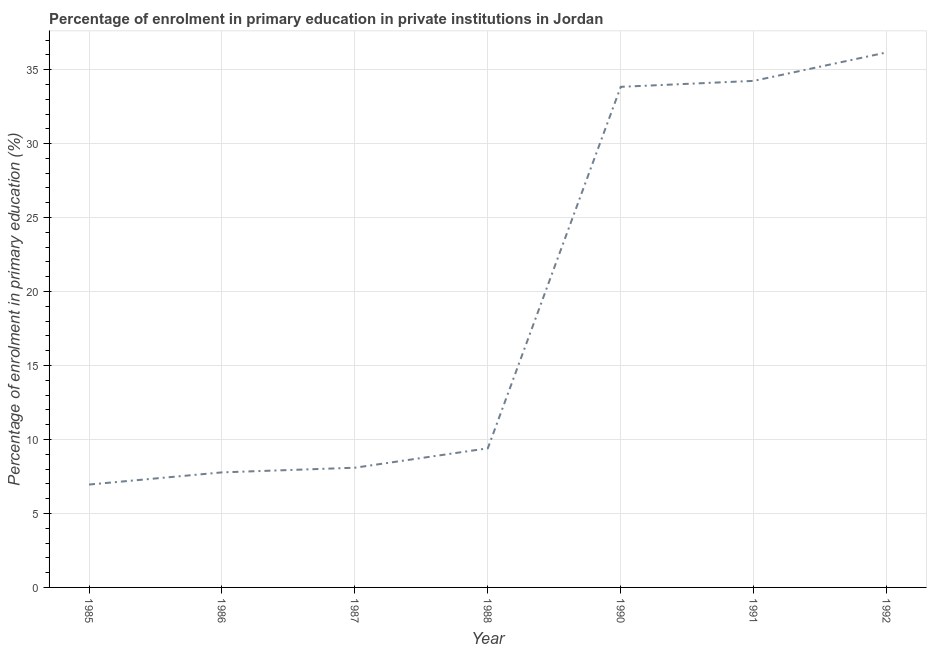
| Year | Enrolment  |
 | --- | --- |
 | 1985 | 6.95 |
 | 1986 | 7.78 |
 | 1987 | 8.09 |
 | 1988 | 9.4 |
 | 1990 | 33.8 |
 | 1991 | 34.2 |
 | 1992 | 36.2 |